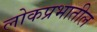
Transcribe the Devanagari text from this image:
लोकप्रभातील